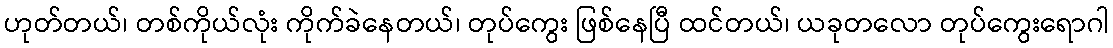
ဟုတ်တယ်၊ တစ်ကိုယ်လုံး ကိုက်ခဲနေတယ်၊ တုပ်ကွေး ဖြစ်နေပြီ ထင်တယ်၊ ယခုတလော တုပ်ကွေးရောဂါ